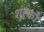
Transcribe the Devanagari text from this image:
शुल्को